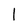
Character: 1